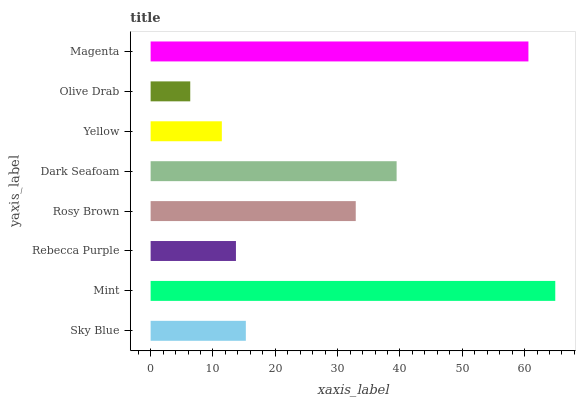
| yaxis_label | bars |
 | --- | --- |
 | Sky Blue | 15.3 |
 | Mint | 64.9 |
 | Rebecca Purple | 13.7 |
 | Rosy Brown | 32.9 |
 | Dark Seafoam | 39.5 |
 | Yellow | 11.4 |
 | Olive Drab | 6.36 |
 | Magenta | 60.6 |